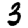
Digit: 3